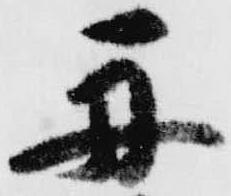
舟